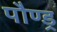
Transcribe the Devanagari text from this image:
पौण्ड्र